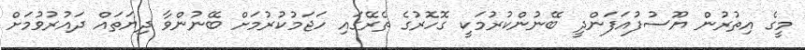
މީގެ އިތުރުން ޔޫސުފުއަފަންދީ ބޭނުންކުރުމަކީ ގޮހޮރުގެ ތެރޭގައި ހަޖަމުކުރުމަށް ބޭނުންވާ ދިޔަތައް ދައުރުވުމަށް